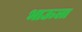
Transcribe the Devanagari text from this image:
भाऊला